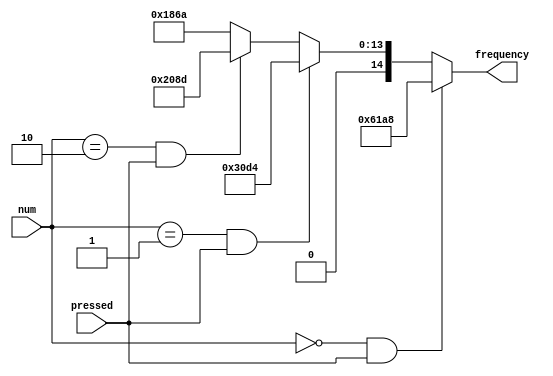
`timescale 1ns / 1ps
//////////////////////////////////////////////////////////////////////////////////
// Company: ITESO 
//////////////////////////////////////////////////////////////////////////////////
module numToFrequency(
	input [1:0] num,
	input pressed,
    output [14:0] frequency
    );

	assign frequency =  (num == 0 & pressed) ?  25000:
                        (num == 1 & pressed) ?  12500:
                        (num == 2 & pressed) ?  8333:
                                                6250;
endmodule